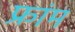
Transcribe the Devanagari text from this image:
फ्रांम